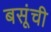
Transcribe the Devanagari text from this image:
बसूंची